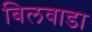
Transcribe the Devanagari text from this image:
बिलवाडा